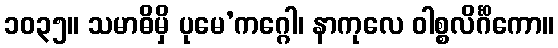
၁၀၃၅။ သမာဓိမှိ ပုမေ’ကဂ္ဂေါ၊ နာကုလေ ဝါစ္စလိင်္ဂိကော။